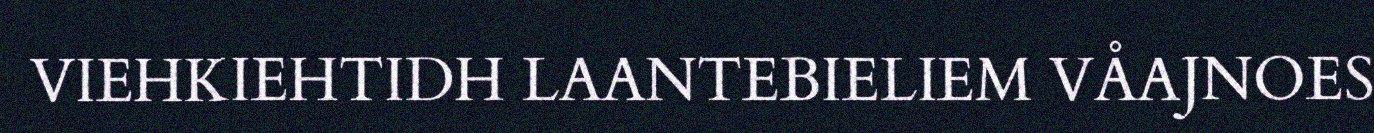
VIEHKIEHTIDH LAANTEBIELIEM VÅAJNOES